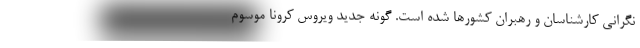
نگرانی کارشناسان و رهبران کشورها شده است. گونه جدید ویروس کرونا موسوم